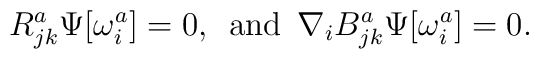
R^{a}_{jk} \Psi[\omega^{a}_{i}] = 0,\enspace \mbox{and}\enspace \nabla_{i} B^{a}_{jk} \Psi[\omega^{a}_{i}] = 0.